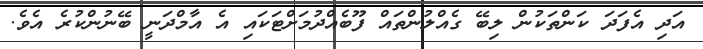
އަދި އެފަދަ ކަންތަކުން ލިބޭ ގެއްލުންތައް ފޫބެއްދުމަށްޓަކައި އެ އާމްދަނީ ބޭނުންކުރެ އެވެ.